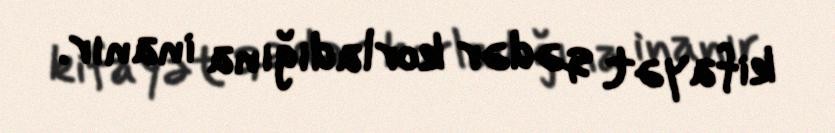
kifayət qədər korladığına inanır.